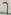
Text: 7